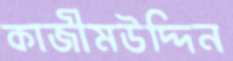
কাজীমউদ্দিন